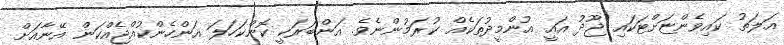
އަލަތު ކައިވެންޏަށްޓަކައި ޖޫދު އައީ އުންމީދުތަކެއް ކުރަމުންނެވެ. އަންބަރަކީ ކޮންކަހަލަ އަންހެންކުއްޖެއްކަން އޭނާއަށް